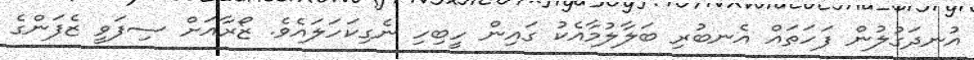
އުނދަގުލުން ފަހަތައް އެނބުރި ބަލާލުމާއެކު ގައިން ހީބިހި ނެގިކަހަލައެވެ. ޒޯރާއަށް ސިފަވީ ޒެފަންގެ